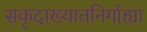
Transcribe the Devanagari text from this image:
सकृदाख्यातनिर्गाह्या